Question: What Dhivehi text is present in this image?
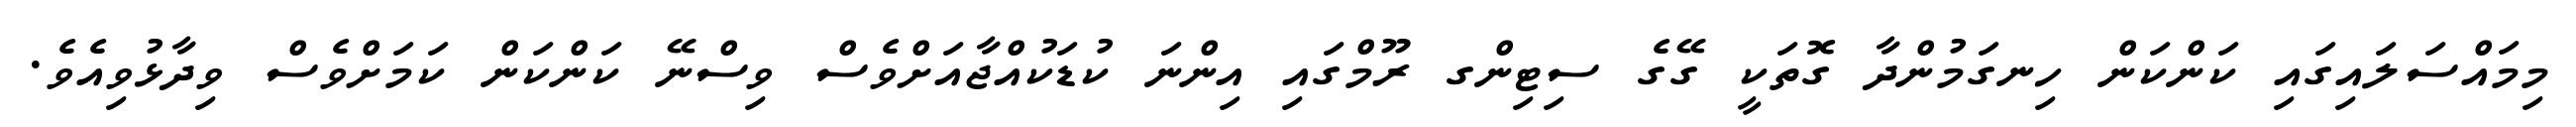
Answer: މިމައްސަލައިގައި ކަންކަން ހިނގަމުންދާ ގޮތަކީ ގޭގެ ސިޓިންގ ރޫމްގައި އިންނަ ކުޑަކުއްޖާއަށްވެސް ވިސްނޭ ކަންކަން ކަމަށްވެސް ވިދާޅުވިއެވެ.